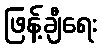
ဖြန့်ချီရေး